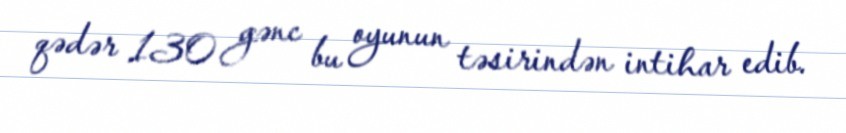
qədər 130 gənc bu oyunun təsirindən intihar edib.